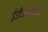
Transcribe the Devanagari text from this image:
ईडीआरएएम